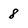
Character: 8